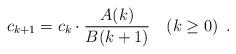
LaTeX: \begin{align*} c_{k+1}=c_k\cdot\dfrac{A(k)}{B(k+1)} \ \ \ (k\ge0)\enspace.\end{align*}